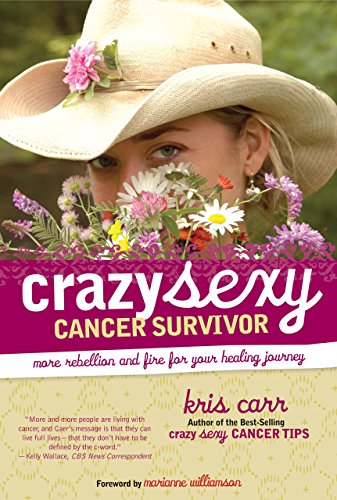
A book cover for Crazy Sexy Cancer Survivor: More Rebellion and Fire for Your Healing Journey; Kris Carr; Health, Fitness & Dieting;